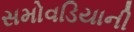
સમોવડિયાની